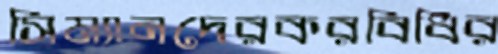
সিম্যানদেরকরবিধির